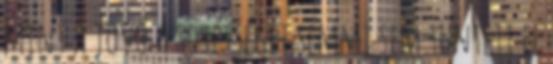
mint a jövő A sötétséget semmi sem tünteti el